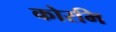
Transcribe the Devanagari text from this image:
कोरमि